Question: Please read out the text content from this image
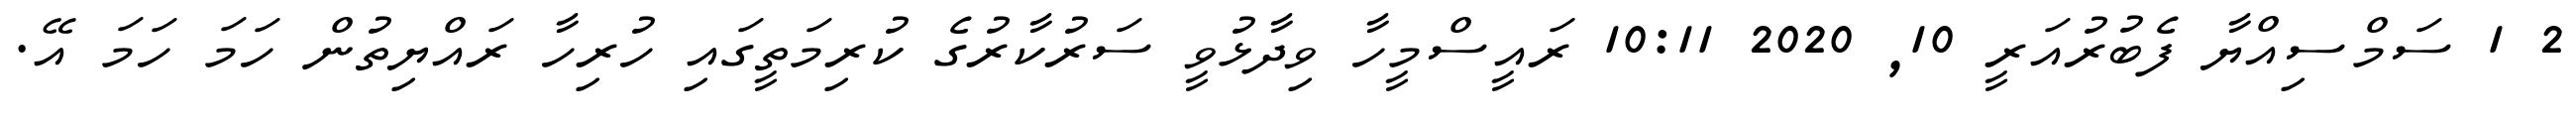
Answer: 2 1 ސަމްސިއްޔާ ފެބުރުއަރީ 10, 2020 10:11 ރައީސްމީހާ ވިދާޅުވީ ސަރުކާރުގެ ކުރިމަތީގައި ހުރިހާ ރައްޔިތުން ހަމަ ހަމަ އޭ.